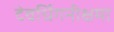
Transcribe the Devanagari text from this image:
देवर्धिगनीक्षमा